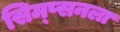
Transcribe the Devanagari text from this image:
सिम्प्सनला